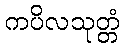
ကပိလသုတ္တံ